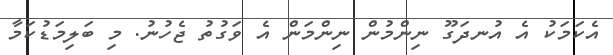
އެކަމަކު އެ އުނދަގޫ ނިންމުން ނިންމަން އެ ވަގުތު ޖެހުނު. މި ބަލިމަޑުކަމާ